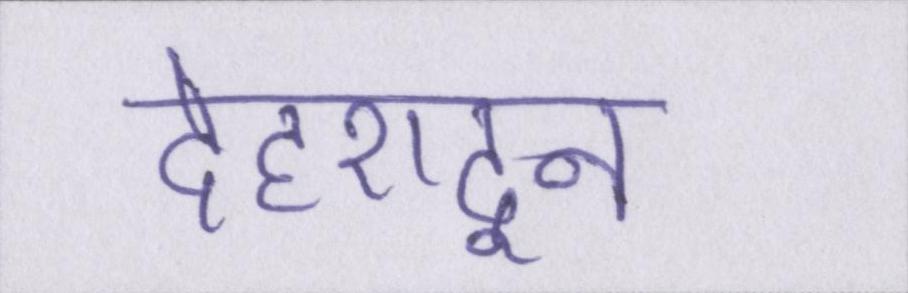
देहरादून